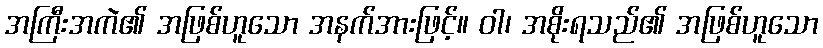
အကြီးအကဲ၏ အဖြစ်ဟူသော အနက်အားဖြင့်။ ဝါ၊ အစိုးရသည်၏ အဖြစ်ဟူသော